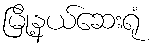
မြို့နယ်ဆေးရုံ